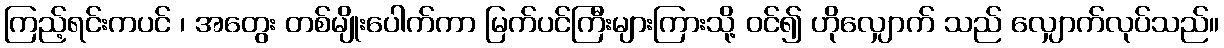
ကြည့်ရင်းကပင် ၊ အတွေး တစ်မျိုးပေါက်ကာ မြက်ပင်ကြီးများကြားသို့ ဝင်၍ ဟိုလျှောက် သည် လျှောက်လုပ်သည်။